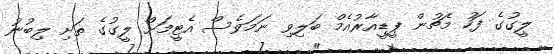
ލީގުގެ ފަހު މެޗުން ޕީޑީއާރުއެމް ބަލިވި ނަމަވެސް އެޓީމަށް ލީގުގެ ތަށި ލިބުނު